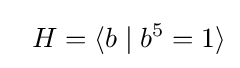
\ \ H=\langle b\mid b^{5}=1\rangle